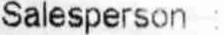
SALESPERSON :